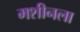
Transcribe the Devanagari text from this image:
मशीनला